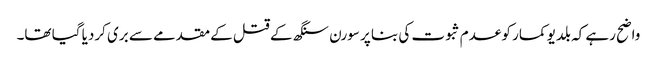
واضح رہے کہ بلدیو کمار کو عدم ثبوت کی بنا پر سورن سنگھ کے قتل کے مقدمے سے بری کردیا گیا تھا۔